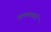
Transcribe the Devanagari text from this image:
आश्रयस्थाने